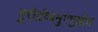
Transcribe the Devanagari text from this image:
गुरोर्द्रव्यमुपभुञ्जीत